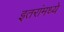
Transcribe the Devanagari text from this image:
इतरांमध्ये